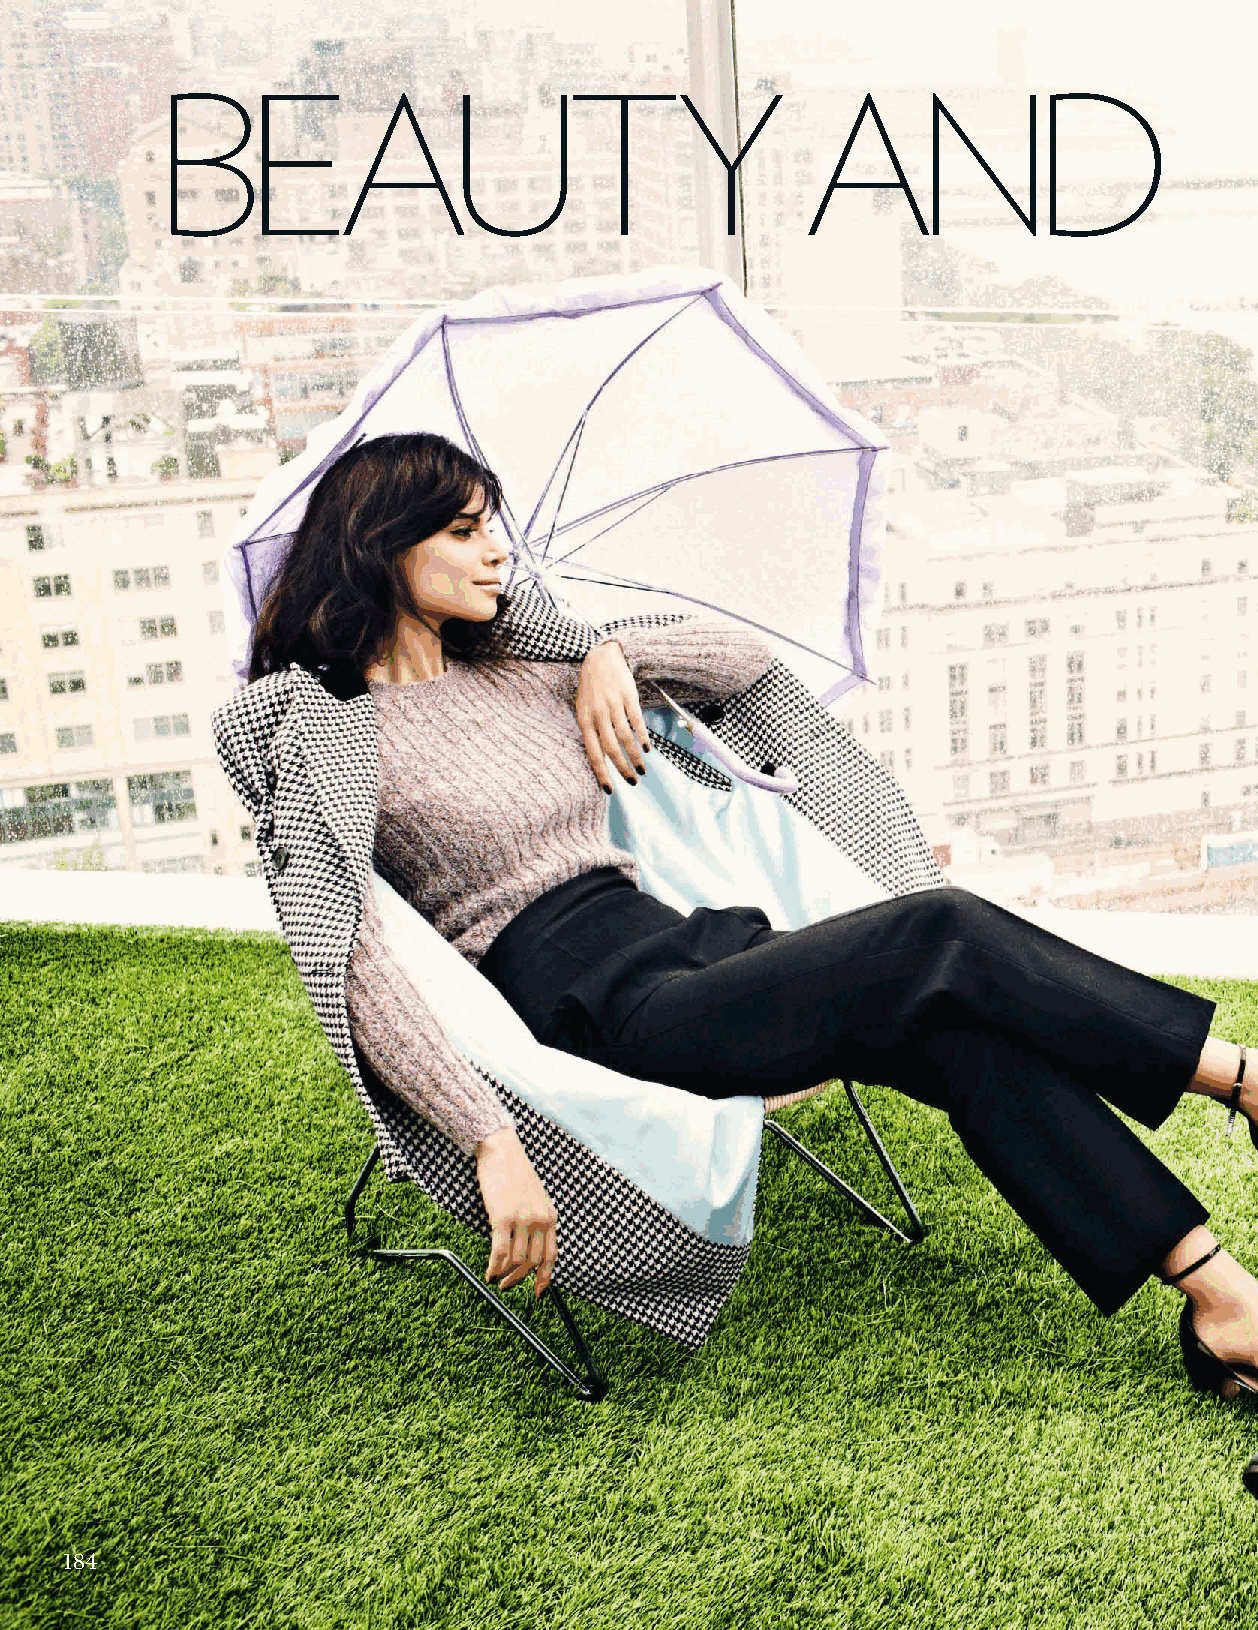
Beauty                                     and
 184